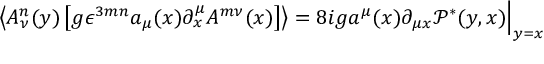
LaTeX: \left\langle A _ { \nu } ^ { n } ( y ) \left[ g \epsilon ^ { 3 m n } a _ { \mu } ( x ) \partial _ { x } ^ { \mu } A ^ { m \nu } ( x ) \right] \right\rangle = 8 i g a ^ { \mu } ( x ) \partial _ { \mu x } \mathcal P ^ { * } ( y , x ) \Bigr | _ { y = x }